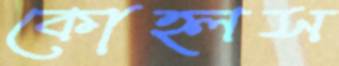
কোহ্লস